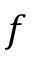
f